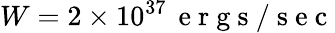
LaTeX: W=2\times 10^{37}\, \mathrm{~e~r~g~s~/~s~e~c~}